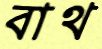
বাথ